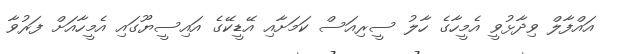
އައްފާލް ވިދާޅުވީ އެމީހާގެ ހާލު ސީރިއަސް ކަމަށާއި އޭޑީކޭގެ އައިސީޔޫގައި އެމީހާއަށް ފަރުވާ